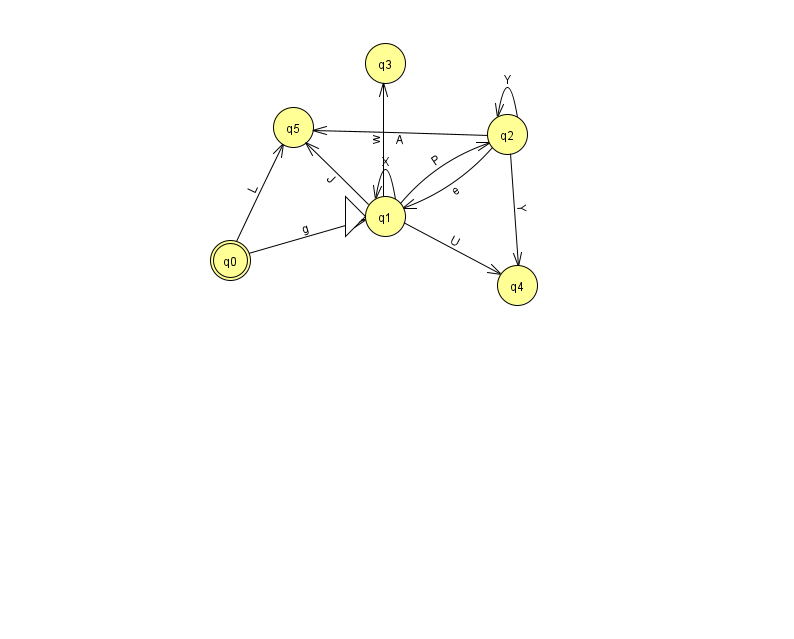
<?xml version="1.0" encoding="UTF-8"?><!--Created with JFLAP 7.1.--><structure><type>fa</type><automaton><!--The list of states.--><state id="0" name="q0"><x>230.0</x><y>247.0</y><final/></state><state id="1" name="q1"><x>385.0</x><y>203.0</y><initial/></state><state id="2" name="q2"><x>507.0</x><y>121.0</y></state><state id="3" name="q3"><x>385.0</x><y>50.0</y></state><state id="4" name="q4"><x>517.0</x><y>272.0</y></state><state id="5" name="q5"><x>293.0</x><y>114.0</y></state><!--The list of transitions.--><transition><from>1</from><to>4</to><read>U</read></transition><transition><from>1</from><to>5</to><read>J</read></transition><transition><from>2</from><to>4</to><read>Y</read></transition><transition><from>2</from><to>5</to><read>A</read></transition><transition><from>1</from><to>3</to><read>w</read></transition><transition><from>0</from><to>1</to><read>g</read></transition><transition><from>0</from><to>5</to><read>L</read></transition><transition><from>1</from><to>1</to><read>X</read></transition><transition><from>2</from><to>2</to><read>Y</read></transition><transition><from>2</from><to>1</to><read>e</read></transition><transition><from>1</from><to>2</to><read>P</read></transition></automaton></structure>